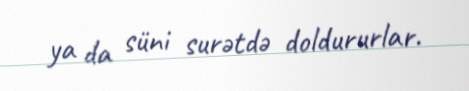
ya da süni surətdə doldururlar.